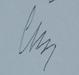
Signature authenticity: genuine